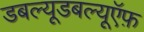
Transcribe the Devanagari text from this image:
डबल्यूडबल्यूऍफ़